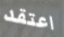
اعتقد